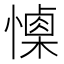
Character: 𢢙